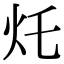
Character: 灹